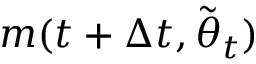
m ( t + \Delta t , \tilde { { \boldsymbol { \theta } } } _ { t } )